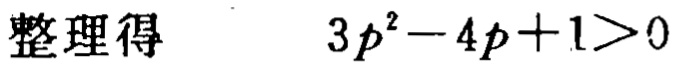
整理得 \[3p^{2}-4p + 1>0\]